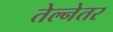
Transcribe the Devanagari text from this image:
तेल्नेतर